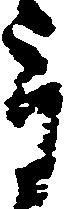
重